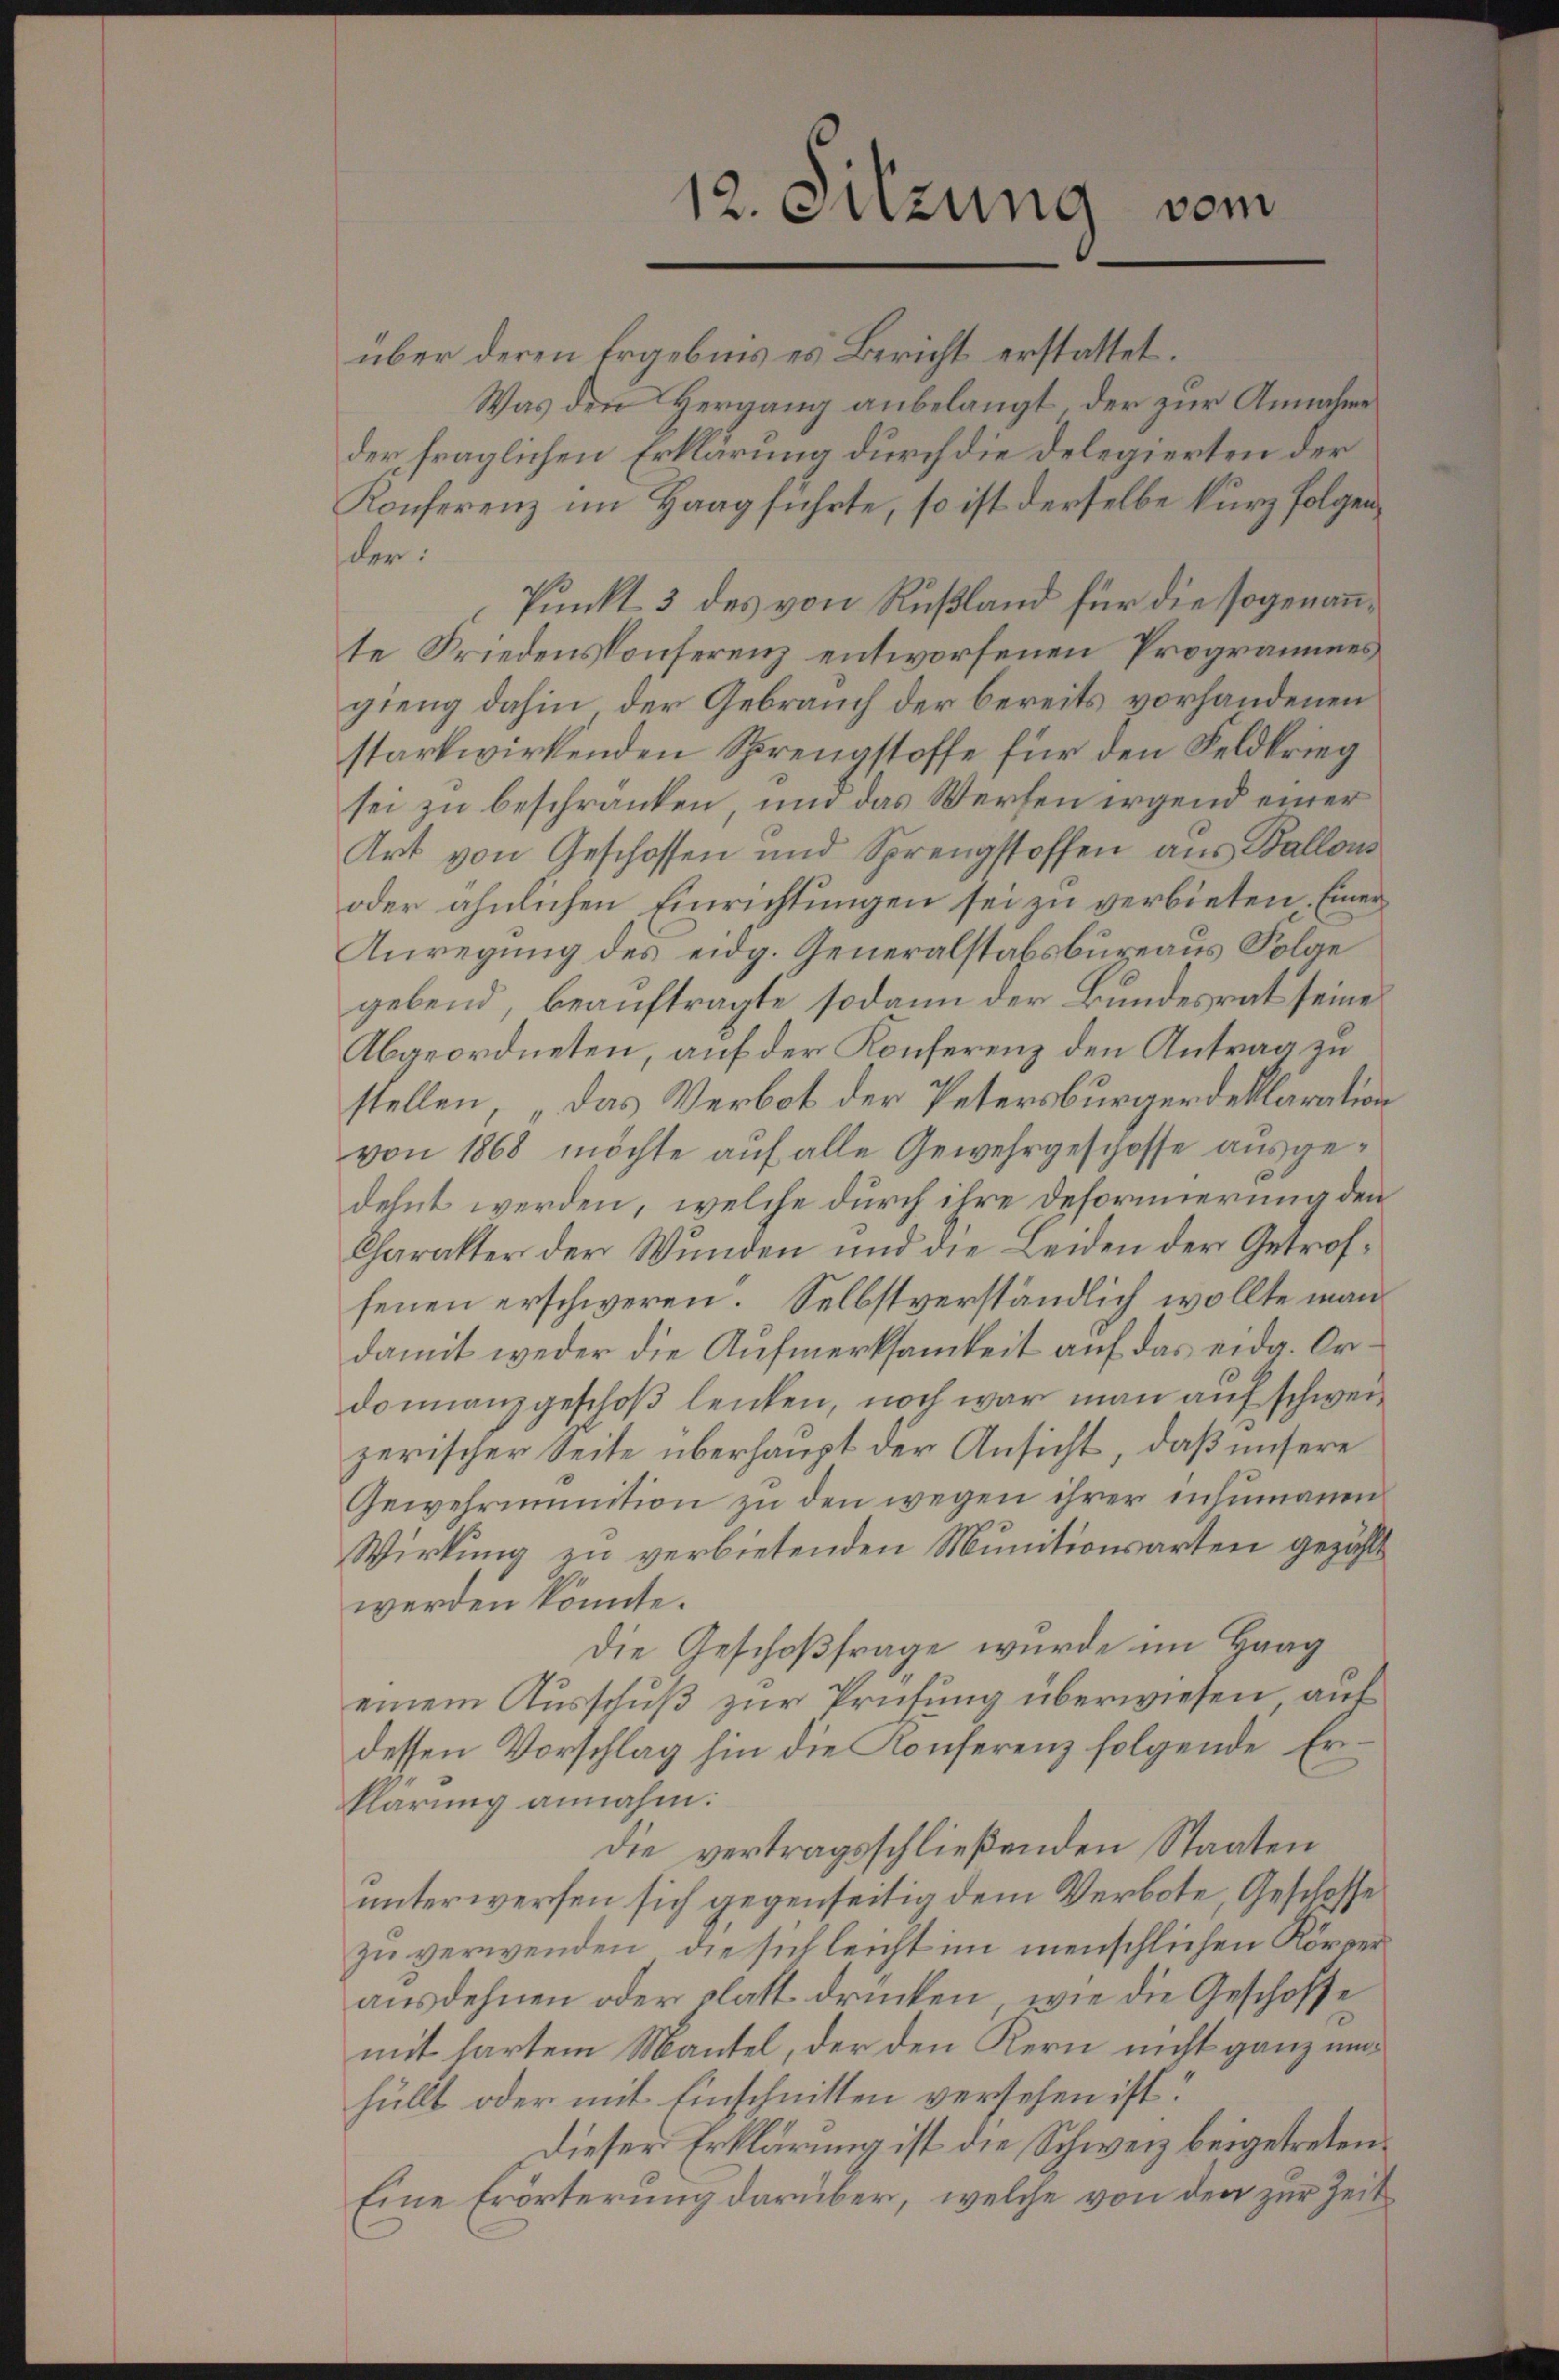
12. Sitzung vom

über deren Ergebnis es Bericht erstattet.
Was den Hergang anbelangt, der zur Annahme
der fraglichen Erklärung durch die Delegierten der
Konferenz im Haag führte, so ist derselbe kurz folgender:
Punkt 3 des von Rußland für die sogenannte Friedenskonferenz entworfenen Programmes
gieng dahin der Gebrauch der bereits vorhandenen
starkwirkenden Sprengstoffe für den Feldkrieg
sei zu beschränken, und das Werfen irgend einer
Art von Geschossen und Sprengstoffen aus Ballous
oder ähnlichen Einrichtungen sei zu verbieten. Einer
Anregung des eidg. Generalstabsbureaus Folge
gebend, beauftragte sodann der Bundesrat seine
Abgeordneten, auf der Konferenz den Antrag zu
stellen das Verbot der Petersburger deklaration
von 1868 möchte auf alle Gewehrgeschosse ausgedehnt werden, welche durch ihre Deformierung den
Charakter der Wunden und die Leiden der Getroffenen erschweren. Selbstverständlich wollte man
damit weder die Aufmerksamkeit auf das eidg. Ordonnanzgeschoß lenken, noch war man auf schweizerischer Seite überhaupt der Ansicht, daß unsere
Gewehriunition zu den wegen ihrer inhumanen
Wirkung zu verbietenden Munitionsarten gezählt
werden könnte.
Die Geschoßfrage wurde im Haag
einem Ausschuß zur Prüfung überwiesen auf
dessen Vorschlag hin die Konferenz folgende Erklärung annahm.
die vertragsschließenden Staaten
unterwerfen sich gegenseitig dem Verbote, Geschlosse
zu verwenden, die sich leicht im menschlichen Körperausdehnen oder plast drücken, wie die Geschoffe
mit hartem Mantel, der den Kern nicht ganz unhüllt oder mit Einschnitten versehen ist?
Dieser Erklärung ist die Schweiz beigetreten.
Eine Erörterung darüber, welche von den zur Zeit